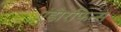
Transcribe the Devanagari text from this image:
एंडोरफिन्स